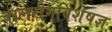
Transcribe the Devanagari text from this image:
बालरोगविशेषज्ञ